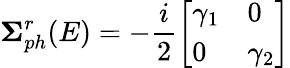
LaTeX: \mathbf{\Sigma}_{ph}^{r}(E)=-\frac{i}{2}\left[\begin{array}{ll}{\gamma_{1}}&{0}\\ {0}&{\gamma_{2}}\end{array}\right]